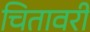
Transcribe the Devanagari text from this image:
चितावरी